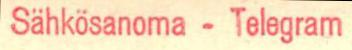
Sähkösanoma -Telegram